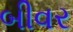
બીવર